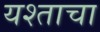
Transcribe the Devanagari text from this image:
यश्ताचा